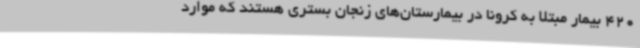
420 بیمار مبتلا به کرونا در بیمارستان‌های زنجان بستری هستند که موارد